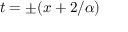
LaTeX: t = \pm ( x + 2 / \alpha )